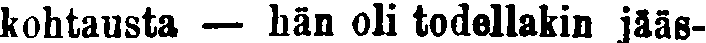
kohtausta — hän oli todellakin jääs-